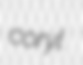
coryl